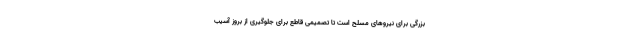
بزرگی برای نیروهای مسلح است تا تصمیمی قاطع برای جلوگیری از بروز آسیب